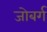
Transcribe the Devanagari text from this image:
जोबर्ग